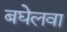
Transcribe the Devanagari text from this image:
बघेलवा